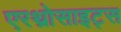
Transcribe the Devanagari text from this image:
एरथ्रोसाइट्स